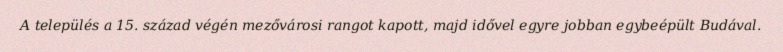
A település a 15. század végén mezővárosi rangot kapott, majd idővel egyre jobban egybeépült Budával.